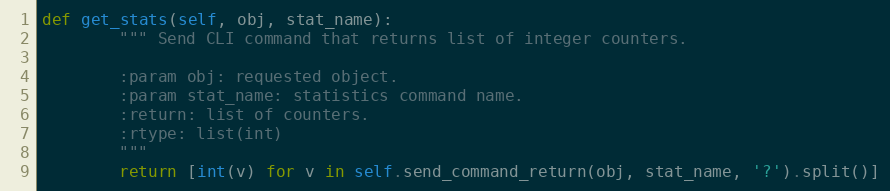
Language: Python
def get_stats(self, obj, stat_name):
        """ Send CLI command that returns list of integer counters.

        :param obj: requested object.
        :param stat_name: statistics command name.
        :return: list of counters.
        :rtype: list(int)
        """
        return [int(v) for v in self.send_command_return(obj, stat_name, '?').split()]